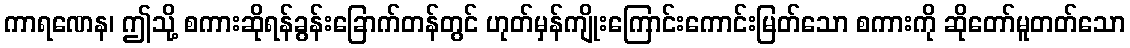
ကာရဏေန၊ ဤသို့ စကားဆိုရန်ခွန်းခြောက်တန်တွင် ဟုတ်မှန်ကျိုးကြောင်းကောင်းမြတ်သော စကားကို ဆိုတော်မူတတ်သော